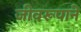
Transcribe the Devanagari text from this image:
जीवरूपाने